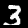
Digit: 3